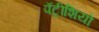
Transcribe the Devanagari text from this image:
पॅट्रीशियो